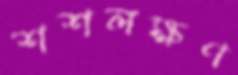
শশলক্ষণ